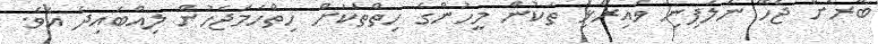
ބާރަށް ޖެހޭ ނަލަފިނި ވައިރޯޅި ތަކުން މީހުންގެ ހިތްތަކަށް ހިތްހަމަޖެހުން ލިއްބައިދެ އެވެ.